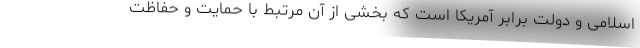
اسلامی و دولت برابر آمریکا است که بخشی از آن مرتبط با حمایت و حفاظت